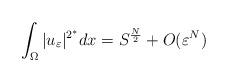
LaTeX: \begin{align*}\int_{\Omega}|u_{\varepsilon}|^{2^{\ast}}dx=S^{\frac{N}{2}}+O(\varepsilon^{N})\end{align*}